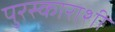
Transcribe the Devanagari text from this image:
पुरस्काराशी